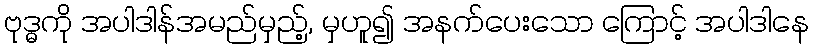
ဗုဒ္ဓကို အပါဒါန်အမည်မှည့်, မှဟူ၍ အနက်ပေးသော ကြောင့် အပါဒါနေ